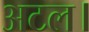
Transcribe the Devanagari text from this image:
अटल।